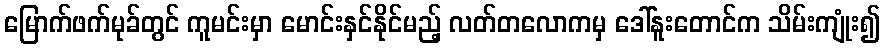
မြောက်ဖက်မုခ်တွင် ကူမင်းမှာ မောင်းနှင်နိုင်မည့် လတ်တလောကမှ ဒေါ်နူးတောင်က သိမ်းကျုံး၍